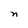
Character: n